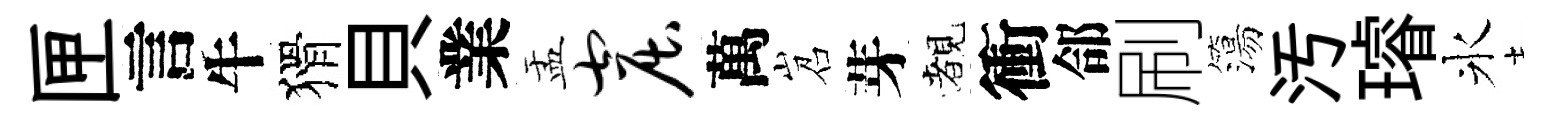
匣言牛猾貝業盂窟萬岧芽覩衝郃刷簜汚璿氷